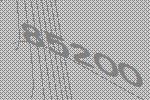
85200